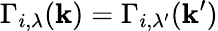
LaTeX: \Gamma_{i,\lambda}(\mathbf{k})=\Gamma_{i,\lambda^{\prime}}(\mathbf{k}^{\prime})